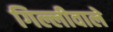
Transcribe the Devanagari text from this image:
गिल्लीवाले